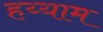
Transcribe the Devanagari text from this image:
हय्याम